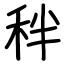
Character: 秚